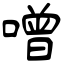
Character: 噌